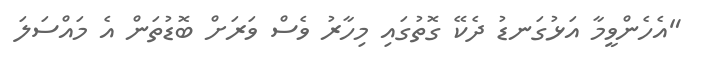
"އެހެންވީމާ އަޅުގަނޑު ދެކޭ ގޮތުގައި މިހާރު ވެސް ވަރަށް ބޮޑުތަން އެ މައްސަލަ